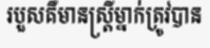
របួសគឺមានស្ត្រីម្នាក់ត្រូវបាន